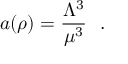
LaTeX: a ( \rho ) = \frac { \Lambda ^ { 3 } } { \mu ^ { 3 } } ~ ~ .